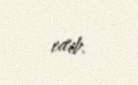
edib.